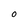
Character: 0